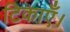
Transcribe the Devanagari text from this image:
टिकाएँ।